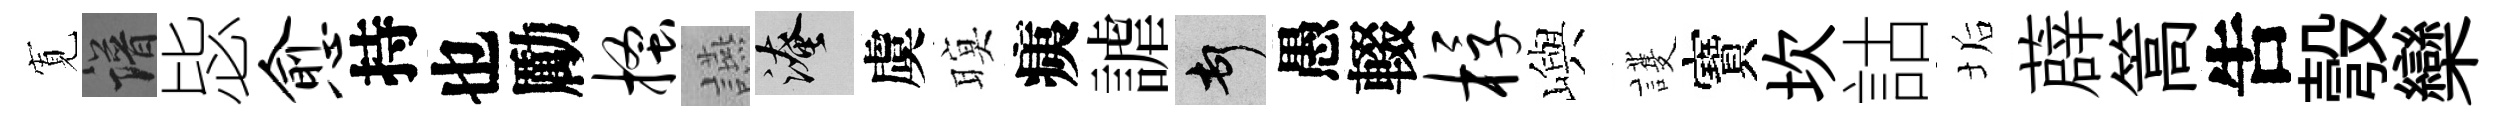
𡩖譜毖愈持也勵搔讌淹虞暝痍謔頓愚輟桴嶼護寶坎詁垢薜篙吿彀欒